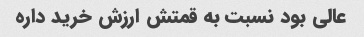
عالی بود نسبت به قمتش ارزش خرید داره